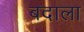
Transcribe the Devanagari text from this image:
बदाला